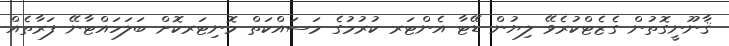
ޤާނޫނީގޮތުން ގެޒެޓްކުރެވޭ ލިޔުން ޑޭޓާ އެންޓަރ ކުރުމުގެ މަސައްކަތް މޮނިޓަރކޮށް ބަލަހައްޓާނޭ ފަރާތެއް